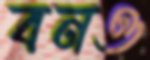
বনও